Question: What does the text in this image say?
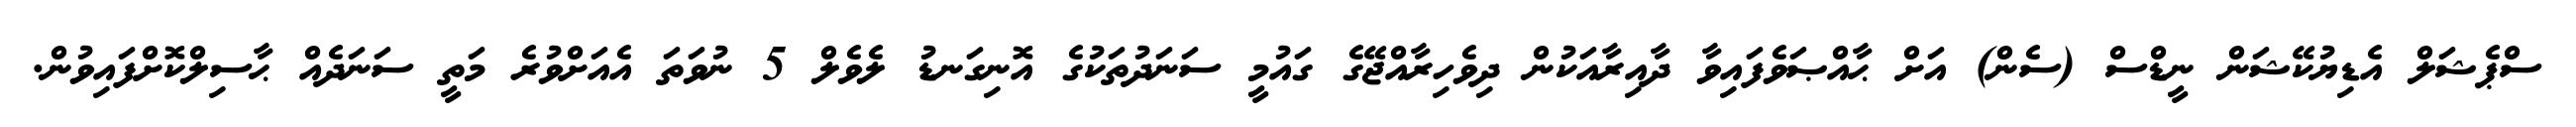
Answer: ސްޕެޝަލް އެޑިޔުކޭޝަން ނީޑްސް (ސެން) އަށް ޙާއްޞަވެފައިވާ ދާއިރާއަކުން ދިވެހިރާއްޖޭގެ ގައުމީ ސަނަދުތަކުގެ އޮނިގަނޑު ލެވެލް 5 ނުވަތަ އެއަށްވުރެ މަތީ ސަނަދެއް ޙާސިލްކޮށްފައިވުން.